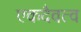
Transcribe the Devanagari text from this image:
एकदैवत्व